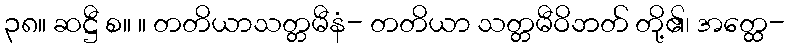
၃၈။ ဆဋ္ဌီ စ။ ။ တတိယာသတ္တမီနံ- တတိယာ သတ္တမီဝိဘတ် တို့၏၊ အတ္ထေ-